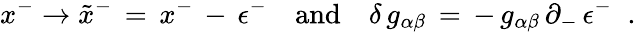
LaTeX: x^{-}\rightarrow\tilde{x}^{-}\, =\, x^{-}\, -\, \epsilon^{-}\quad\mathrm{and}\quad\delta\, g_{\alpha\beta}\, =\, -\, g_{\alpha\beta}\, \partial_{-}\, \epsilon^{-}\; \; .